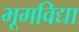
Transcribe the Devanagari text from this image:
भूमविद्या